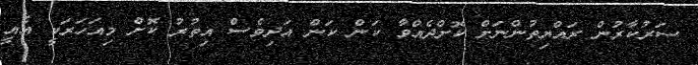
ސަރުކާރުން ރައްޔިތުންނަށް ކޮށްދެއްވާ ކަން ކަން އަދިވެސް އިތުރު ކޮށް މިއަހަރަކީ އެއީ